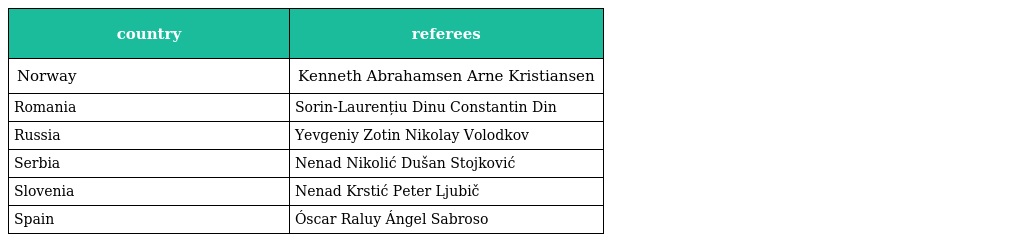
| country | referees |
 | --- | --- |
 | Norway | Kenneth Abrahamsen Arne Kristiansen |
 | Romania | Sorin-Laurențiu Dinu Constantin Din |
 | Russia | Yevgeniy Zotin Nikolay Volodkov |
 | Serbia | Nenad Nikolić Dušan Stojković |
 | Slovenia | Nenad Krstić Peter Ljubič |
 | Spain | Óscar Raluy Ángel Sabroso |